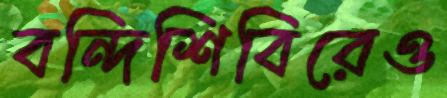
বন্দিশিবিরেও